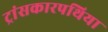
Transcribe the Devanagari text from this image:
ट्रांसकारपथिया